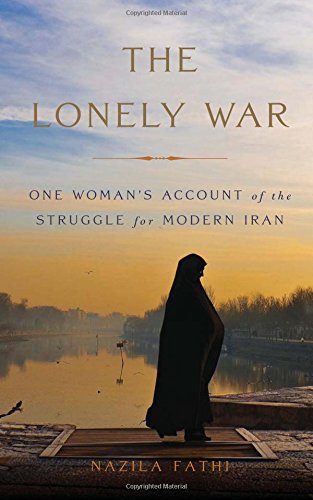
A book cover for The Lonely War: One WomanEEs Account of the Struggle for Modern Iran; Nazila Fathi; Biographies & Memoirs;